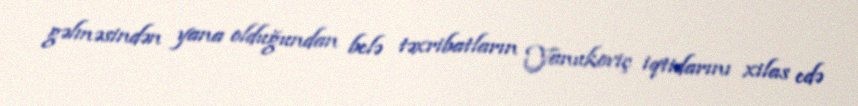
gəlməsindən yana olduğundan belə təxribatların Yanukoviç iqtidarını xilas edə